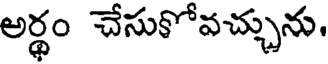
అర్థం చేసుకోవచ్చును.